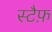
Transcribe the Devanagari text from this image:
स्टैफ़